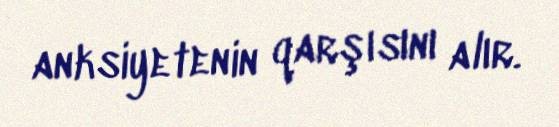
anksiyetenin qarşısını alır.